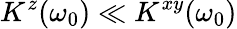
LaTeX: K^{z}(\omega_{0})\ll K^{xy}(\omega_{0})